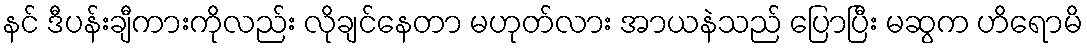
နင် ဒီပန်းချီကားကိုလည်း လိုချင်နေတာ မဟုတ်လား အာယနဲသည် ပြောပြီး မဆွက ဟိရောမိ